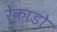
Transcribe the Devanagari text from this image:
रेकाडो